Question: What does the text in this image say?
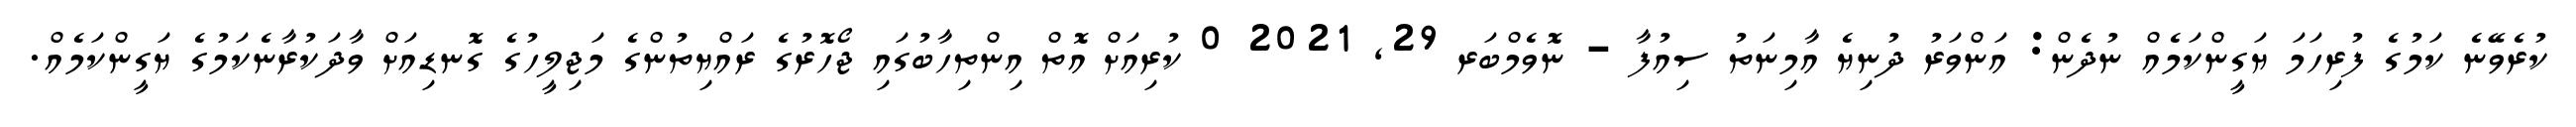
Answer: ކުރެވޭނެ ކަމުގެ ފުރިހަމަ ޔަގީންކަމެއް ނުދެން: އަންވަރު ދުނިޔެ އާމިނަތު ސިއުފާ - ނޮވެމްބަރ 29, 2021 0 ކުރިއަށް އޮތް އިންތިހާބުގައި ޖޯހޮރުގެ ރައްޔިތުންގެ މަޖިލީހުގެ ގޮނޑިއަށް ވާދަކުރާނެކަމުގެ ޔަގީންކަމެއް.